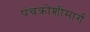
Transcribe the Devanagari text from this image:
पंचक्रोशीमार्ग